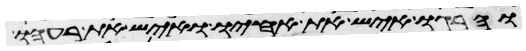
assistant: והרגו איש את אחיו ואיש את רעהו